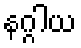
နဂ္ဂါယ